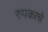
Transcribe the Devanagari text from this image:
रुपकाचे